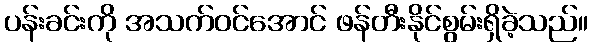
ပန်းခင်းကို အသက်ဝင်အောင် ဖန်တီးနိုင်စွမ်းရှိခဲ့သည်။